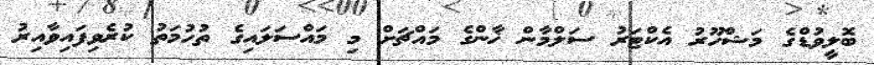
ބޮލީވުޑްގެ މަޝްހޫރު އެކްޓަރު ސަލްމާން ޚާންގެ މައްޗަށް މި މައްސަލައިގެ ތުހުމަތު ކުރެވިފައިވާއިރު